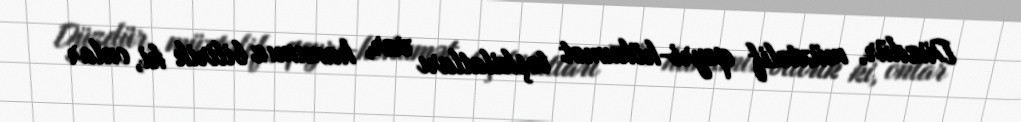
Düzdür, müxtəlif qeyri-hökumət təşkilatları var, hamımız bilirik ki, onlar